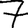
Digit: 7